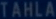
Tahla